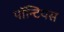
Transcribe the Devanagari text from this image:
पॉन्टियस